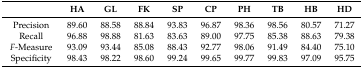
|  | HA | GL | FK | SP | CP | PH | TB | HB | HD |
 | --- | --- | --- | --- | --- | --- | --- | --- | --- | --- |
 | Precision | 89.60 | 88.58 | 88.84 | 93.83 | 96.87 | 98.36 | 98.56 | 80.57 | 71.27 |
 | Recall | 96.88 | 98.88 | 81.63 | 83.63 | 89.00 | 97.75 | 85.38 | 88.63 | 79.38 |
 | F-Measure | 93.09 | 93.44 | 85.08 | 88.43 | 92.77 | 98.06 | 91.49 | 84.40 | 75.10 |
 | Specificity | 98.43 | 98.22 | 98.60 | 99.24 | 99.65 | 99.77 | 99.83 | 97.09 | 95.75 |